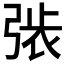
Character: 𢏾